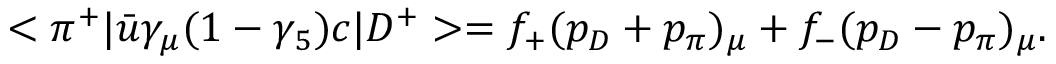
< \pi ^ { + } | \bar { u } \gamma _ { \mu } ( 1 - \gamma _ { 5 } ) c | D ^ { + } > = f _ { + } ( p _ { D } + p _ { \pi } ) _ { \mu } + f _ { - } ( p _ { D } - p _ { \pi } ) _ { \mu } .